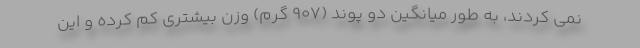
نمی کردند، به طور میانگین دو پوند (907 گرم) وزن بیشتری کم کرده و این